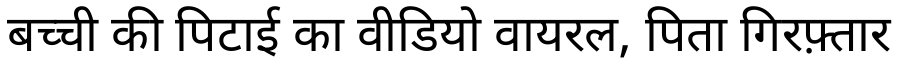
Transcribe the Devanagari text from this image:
बच्ची की पिटाई का वीडियो वायरल, पिता गिरफ़्तार